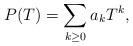
LaTeX: \begin{align*}P(T) = \sum_{k \ge 0}a_kT^k,\end{align*}